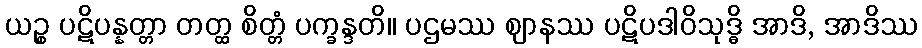
ယဉ္စ ပဋိပန္နတ္တာ တတ္ထ စိတ္တံ ပက္ခန္ဒတိ။ ပဌမဿ ဈာနဿ ပဋိပဒါဝိသုဒ္ဓိ အာဒိ, အာဒိဿ